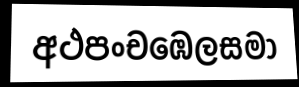
අථපංචඹෙලසමා